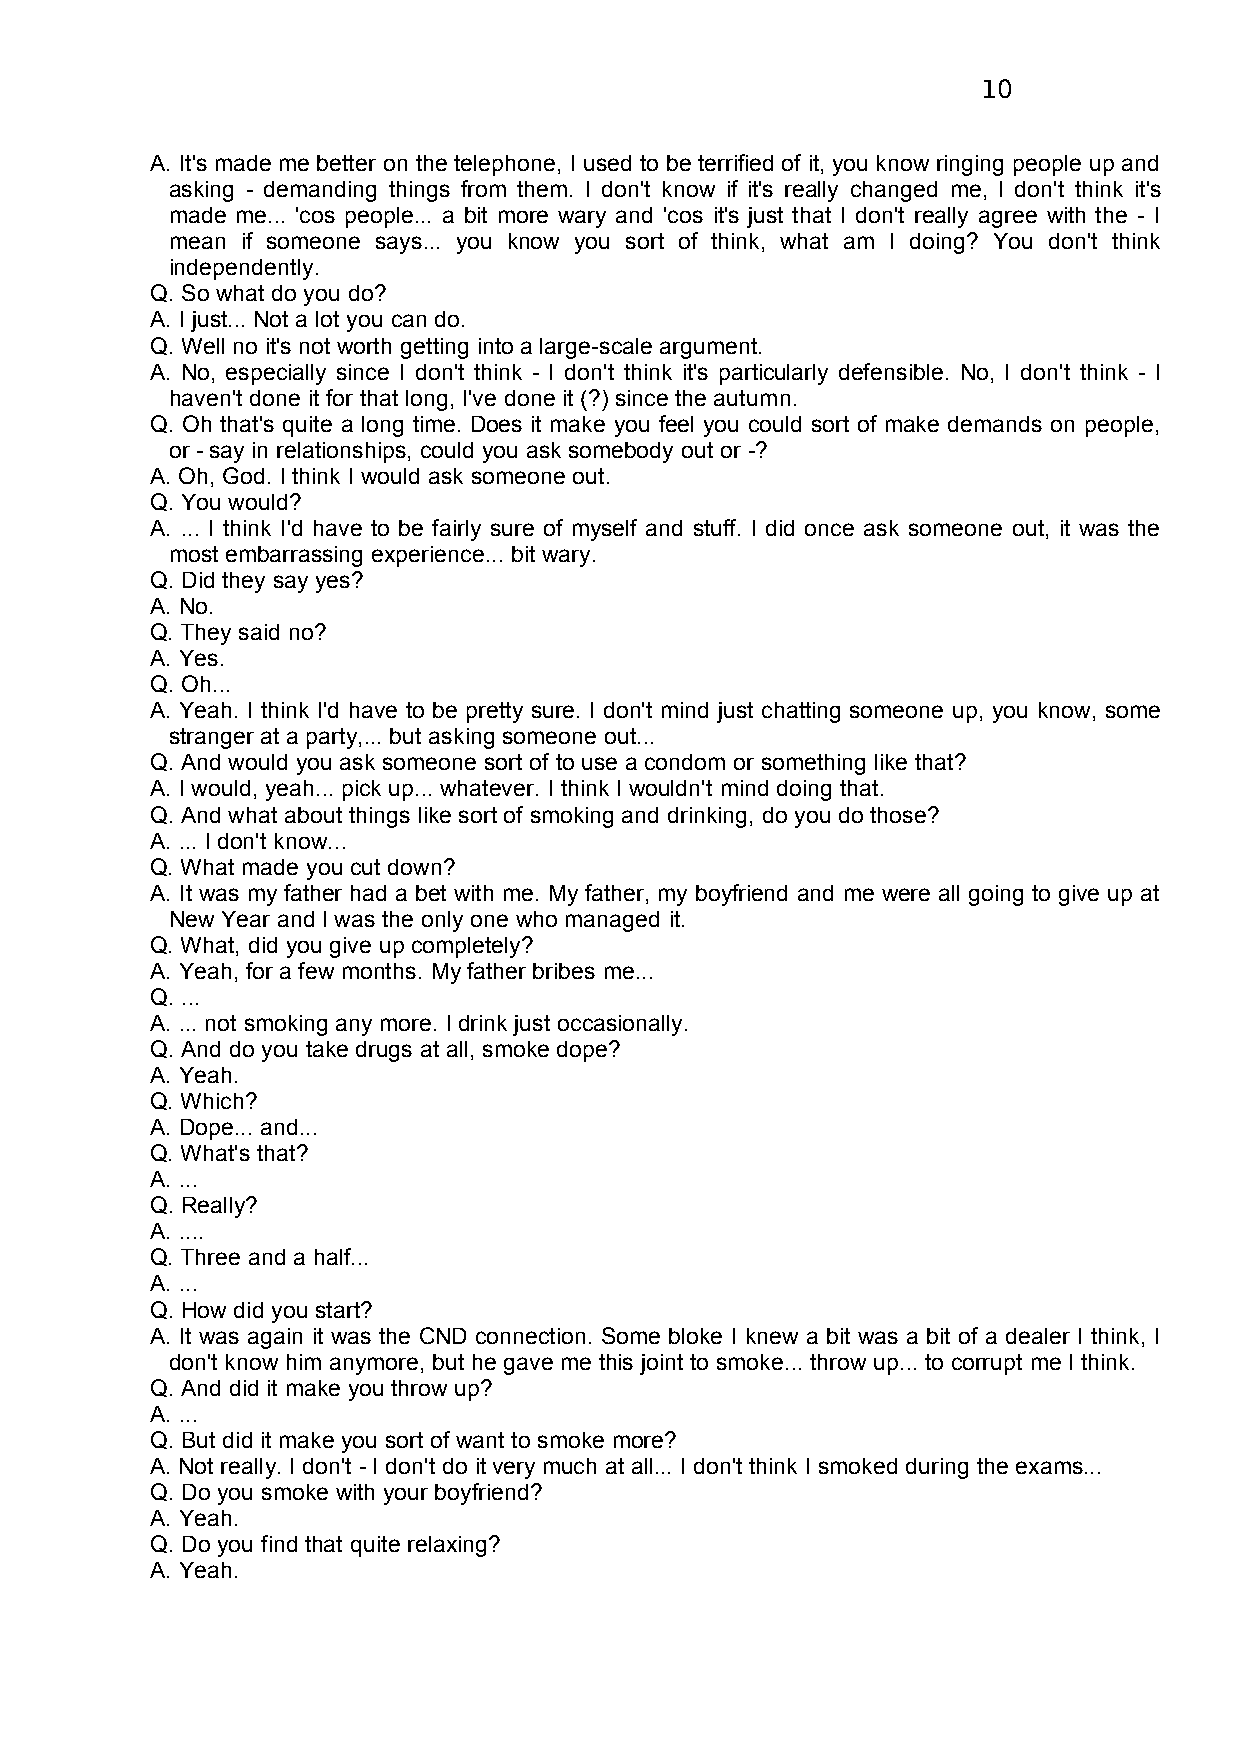
10
 A. It's made me better on the telephone, I used to be terrified of it, you know ringing people up and
 asking - demanding things from them. I don't know if it's really changed me, I don't think it's
 made me... 'cos people... a bit more wary and 'cos it's just that I don't really agree with the - I
 mean if someone says... you know you sort of think, what am I doing? You don't think
 independently.
 Q. So what do you do?
 A. I just... Not a lot you can do.
 Q. Well no it's not worth getting into a large-scale argument.
 A. No, especially since I don't think - I don't think it's particularly defensible. No, I don't think - I
 haven't done it for that long, I've done it (?) since the autumn.
 Q. Oh that's quite a long time. Does it make you feel you could sort of make demands on people,
 or - say in relationships, could you ask somebody out or -?
 A. Oh, God. I think I would ask someone out.
 Q. You would?
 A. ... I think I'd have to be fairly sure of myself and stuff. I did once ask someone out, it was the
 most embarrassing experience... bit wary.
 Q. Did they say yes?
 A. No.
 Q. They said no?
 A. Yes.
 Q. Oh...
 A. Yeah. I think I'd have to be pretty sure. I don't mind just chatting someone up, you know, some
 stranger at a party,... but asking someone out...
 Q. And would you ask someone sort of to use a condom or something like that?
 A. I would, yeah... pick up... whatever. I think I wouldn't mind doing that.
 Q. And what about things like sort of smoking and drinking, do you do those?
 A. ... I don't know...
 Q. What made you cut down?
 A. It was my father had a bet with me. My father, my boyfriend and me were all going to give up at
 New Year and I was the only one who managed it.
 Q. What, did you give up completely?
 A. Yeah, for a few months. My father bribes me...
 Q. ...
 A. ... not smoking any more. I drink just occasionally.
 Q. And do you take drugs at all, smoke dope?
 A. Yeah.
 Q. Which?
 A. Dope... and...
 Q. What's that?
 A. ...
 Q. Really?
 A. ....
 Q. Three and a half...
 A. ...
 Q. How did you start?
 A. It was again it was the CND connection. Some bloke I knew a bit was a bit of a dealer I think, I
 don't know him anymore, but he gave me this joint to smoke... throw up... to corrupt me I think.
 Q. And did it make you throw up?
 A. ...
 Q. But did it make you sort of want to smoke more?
 A. Not really. I don't - I don't do it very much at all... I don't think I smoked during the exams...
 Q. Do you smoke with your boyfriend?
 A. Yeah.
 Q. Do you find that quite relaxing?
 A. Yeah.